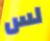
لس